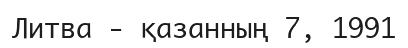
Литва - қазанның 7, 1991